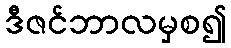
ဒီဇင်ဘာလမှစ၍